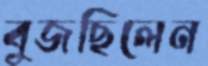
বুজছিলেন